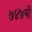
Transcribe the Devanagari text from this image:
७४७ची